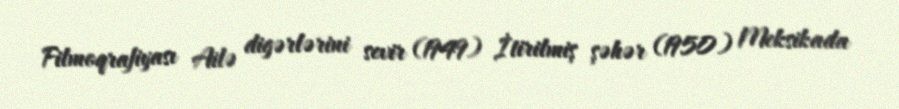
Filmoqrafiyası Ailə digərlərini sevir (1949) İtirilmiş şəhər (1950) Meksikada